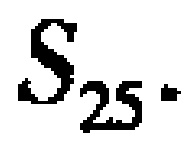
$S_{25}$